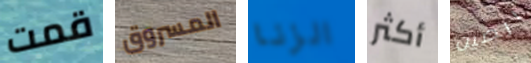
قمت المسروق الزنا أكثر الصين